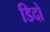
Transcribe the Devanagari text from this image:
डिदो